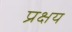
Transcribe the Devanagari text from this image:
प्रक्षय